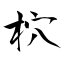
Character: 柼